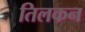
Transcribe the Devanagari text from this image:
तिलकन